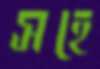
সহে